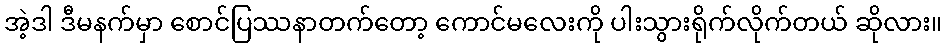
အဲ့ဒါ ဒီမနက်မှာ စောင်ပြဿနာတက်တော့ ကောင်မလေးကို ပါးသွားရိုက်လိုက်တယ် ဆိုလား။